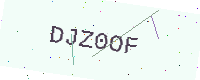
Text: DJZ0OF